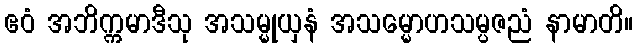
ဧဝံ အဘိက္ကမာဒီသု အသမ္မုယှနံ အသမ္မောဟသမ္ပဇညံ နာမာတိ။